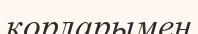
қорларымен